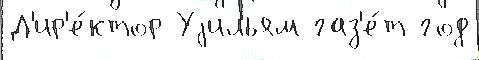
Д'ир'е́ктор Уjильям газ'е́т год